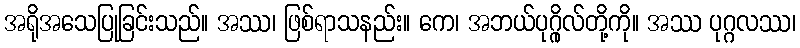
အရိုအသေပြုခြင်းသည်။ အဿ၊ ဖြစ်ရာသနည်း။ ကေ၊ အဘယ်ပုဂ္ဂိုလ်တို့ကို။ အဿ ပုဂ္ဂလဿ၊